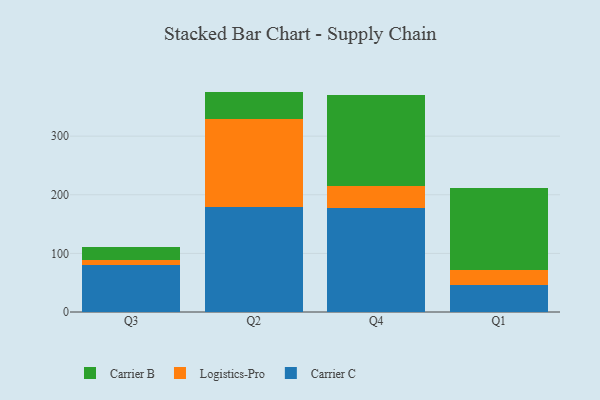
{"axis": {"x": "Quarter", "y": "Revenue (USD Million)"}, "legend": ["Carrier B", "Carrier C", "Logistics-Pro"], "data": [{"x": "Q3", "y": 80.9, "type": "Carrier C"}, {"x": "Q3", "y": 7.7, "type": "Logistics-Pro"}, {"x": "Q3", "y": 22.4, "type": "Carrier B"}, {"x": "Q2", "y": 179.4, "type": "Carrier C"}, {"x": "Q2", "y": 149.7, "type": "Logistics-Pro"}, {"x": "Q2", "y": 46.9, "type": "Carrier B"}, {"x": "Q4", "y": 177.2, "type": "Carrier C"}, {"x": "Q4", "y": 37.1, "type": "Logistics-Pro"}, {"x": "Q4", "y": 156.0, "type": "Carrier B"}, {"x": "Q1", "y": 45.9, "type": "Carrier C"}, {"x": "Q1", "y": 26.4, "type": "Logistics-Pro"}, {"x": "Q1", "y": 138.7, "type": "Carrier B"}]}